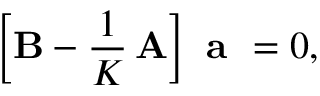
\left[ { \bf B } - \frac { 1 } { K } \, { \bf A } \right] \textbf { a } = \boldsymbol 0 ,